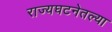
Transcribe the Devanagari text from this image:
राज्यघटनेतल्या